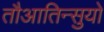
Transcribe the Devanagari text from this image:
तौआतिन्सुयो